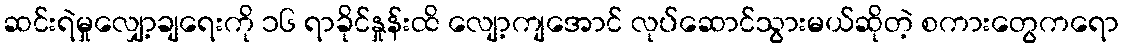
ဆင်းရဲမှုလျှော့ချရေးကို ၁၆ ရာခိုင်နှုန်းထိ လျော့ကျအောင် လုပ်ဆောင်သွားမယ်ဆိုတဲ့ စကားတွေကရော